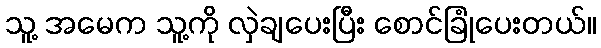
သူ့ အမေက သူ့ကို လှဲချပေးပြီး စောင်ခြုံပေးတယ်။